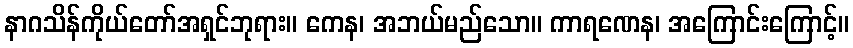
နာဂသိန်ကိုယ်တော်အရှင်ဘုရား။ ကေန၊ အဘယ်မည်သော။ ကာရဏေန၊ အကြောင်းကြောင့်။